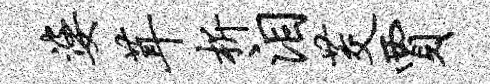
婆茸析泪茭贾